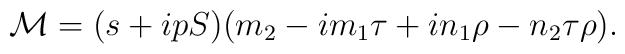
{\cal M}=(s+ipS)(m_2-im_1\tau +in_1\rho -n_2\tau\rho).